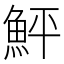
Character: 鮃